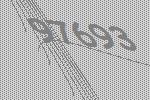
97693